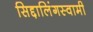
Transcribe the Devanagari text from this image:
सिद्दालिंगस्वामी